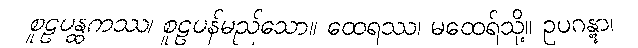
စူဠပန္ထကဿ၊ စူဠပန်မည်သော။ ထေရဿ၊ မထေရ်သို့။ ဥပဂန္တွာ၊